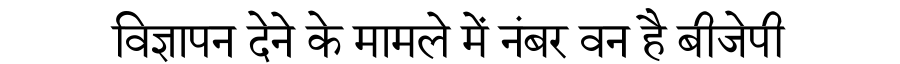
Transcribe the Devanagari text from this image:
विज्ञापन देने के मामले में नंबर वन है बीजेपी